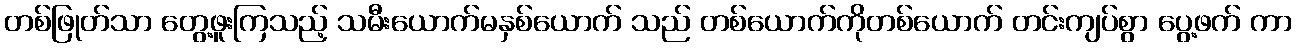
တစ်ဖြုတ်သာ တွေ့ဖူးကြသည့် သမီးယောက်မနှစ်ယောက် သည် တစ်ယောက်ကိုတစ်ယောက် တင်းကျပ်စွာ ပွေ့ဖက် ကာ